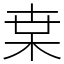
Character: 枽